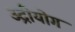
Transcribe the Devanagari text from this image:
उद्रीयोग